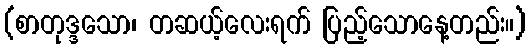
(စာတုဒ္ဒသော၊ တဆယ့်လေးရက် ပြည့်သောနေ့တည်း။)